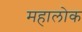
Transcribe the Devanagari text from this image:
महालोक